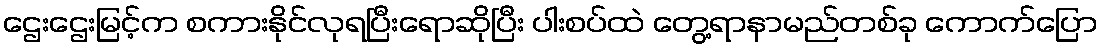
ဌေးဌေးမြင့်က စကားနိုင်လုရပြီးရောဆိုပြီး ပါးစပ်ထဲ တွေ့ရာနာမည်တစ်ခု ကောက်ပြော